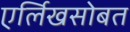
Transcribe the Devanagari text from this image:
एर्लिखसोबत